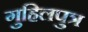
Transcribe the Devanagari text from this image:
गुहिलपुत्र